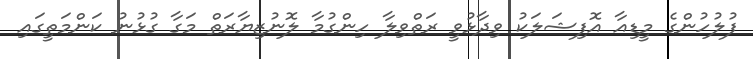
ފުލުހުންގެ މީޑިއާ އޮފިޝަލަކު ވިދާޅުވީ ރަތްވިލާ ހިންގުމާ ލޮނުޒިޔާރަތް މަގާ ގުޅުނު ކަންމަތީގައި